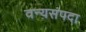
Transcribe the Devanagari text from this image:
वन्यसंपदा